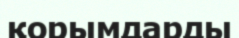
қорымдарды